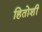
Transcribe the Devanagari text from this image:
हितोशी